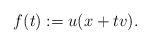
LaTeX: \begin{align*}f(t) := u(x + tv).\end{align*}